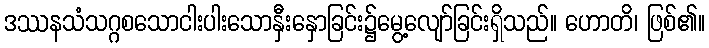
ဒဿနသံသဂ္ဂစသောငါးပါးသောနှီးနှောခြင်း၌မွေ့လျော်ခြင်းရှိသည်။ ဟောတိ၊ ဖြစ်၏။